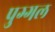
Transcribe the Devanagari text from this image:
पुग्गल